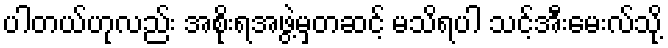
ပါတယ်ဟုလည်း အစိုးရအဖွဲ့မှတဆင့် မသိရပါ သင့်အီးမေးလ်သို့